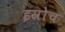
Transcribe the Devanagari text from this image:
इस्रोच